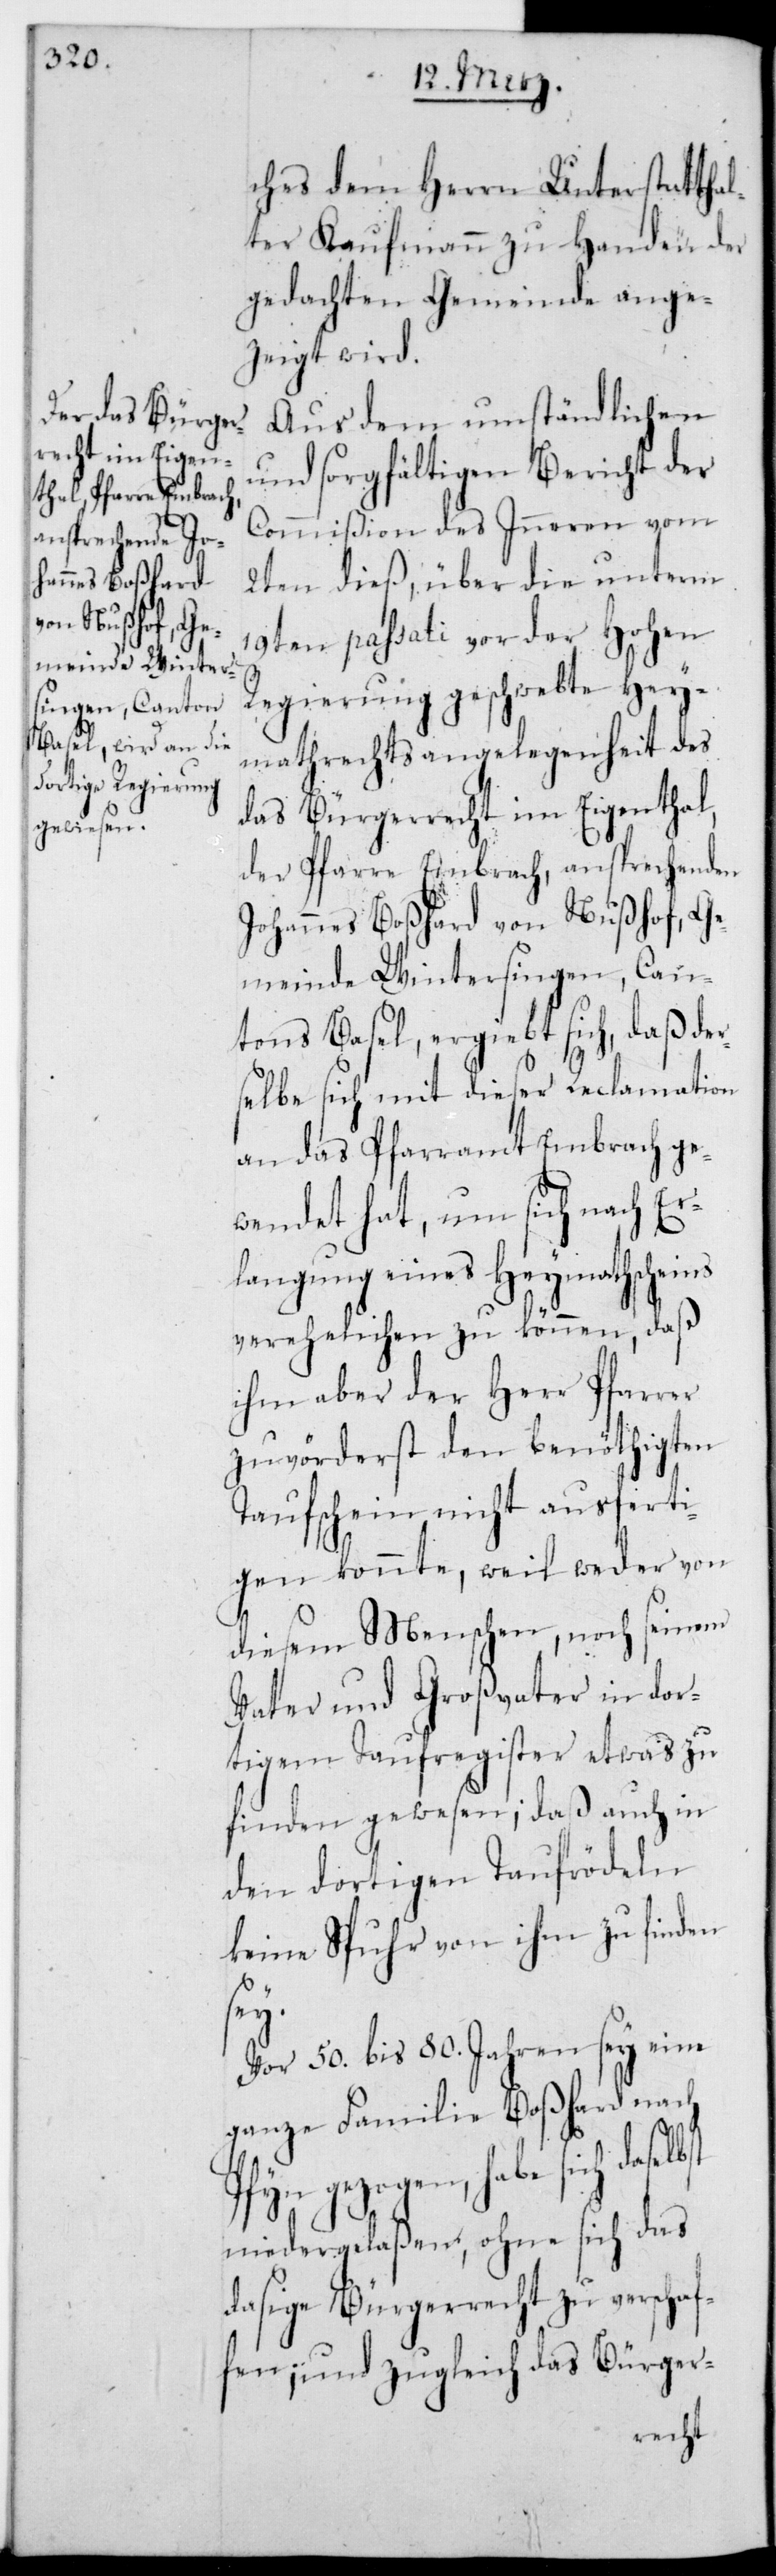
ches dem Herrn Unterstatthal¬
ter Kaufmann zu Handen der
gedachten Gemeinde ange¬
zeigt wird.
Aus dem umständlichen
und sorgfältigen Bericht der
Commißion des Inneren vom
2ten dieß, über die unterm
19ten passati vor der Hohen
Regierung geschwebte Hey¬
mathrechtsangelegenheit des
das Bürgerrecht im Eigenthal,
der Pfarre Embrach, ansprechenden
Johannes Boßhard von Nußhof, Ge¬
meinde Wintersingen, Can¬
tons Basel, ergiebt sich, daß der¬
selbe sich mit dieser Reclamation
an das Pfarramt Embrach ge¬
wendet hat, um sich nach Er¬
langung eines Heymathscheins
verehelichen zu können, daß
ihm aber der Herr Pfarrer
zuvörderst den benöthigten
Taufschein nicht ausferti¬
gen konnte, weil weder von
diesem Menschen noch seinem
Vater und Großvater in dor¬
tigem Taufregister etwas zu
finden gewesen; daß auch in
den dortigen Taufrödeln
keine Spur von ihm zu finden
lbst
Vor 50. bis 80. Jahren sey eine
ganze Familie Boßhard nach
Pfyn gezogen, habe sich dase¬
niedergelaßen, ohne sich das